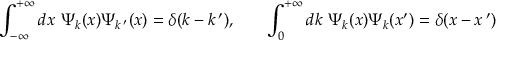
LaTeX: \int _ { - \infty } ^ { + \infty } d x \, \, \Psi _ { k } ( x ) \Psi _ { k \, ^ { \prime } } ( x ) = \delta ( k - k \, ^ { \prime } ) , ~ ~ ~ ~ ~ \int _ { 0 } ^ { + \infty } d k \, \, \Psi _ { k } ( x ) \Psi _ { k } ( x ^ { \prime } ) = \delta ( x - x \, ^ { \prime } )